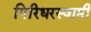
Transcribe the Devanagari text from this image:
गिरिधरस्वामी